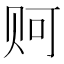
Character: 𲂿